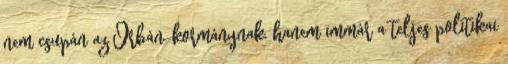
nem csupán az Orbán-kormánynak, hanem immár a teljes politikai